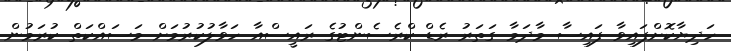
ހަދިޔާކޮށްފައިވާ ފައިސާ މާދަމާ ގަތަރު ރެޑް ކްރެސެންޓުގެ ރައީސްއާ ހަވާލުކުރުމަށް މަސައްކަތް ކުރަމުން